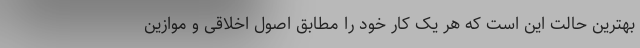
بهترین حالت این است که هر یک کار خود را مطابق اصول اخلاقی و موازین